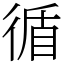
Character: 循